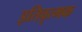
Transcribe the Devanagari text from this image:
इतिवृत्मक